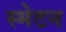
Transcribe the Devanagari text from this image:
स्मेटन